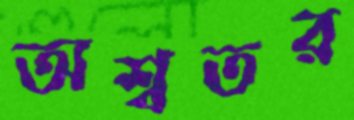
অশ্বতর